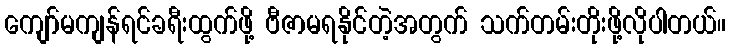
ကျော်မကျန်ရင်ခရီးထွက်ဖို့ ဗီဇာမရနိုင်တဲ့အတွက် သက်တမ်းတိုးဖို့လိုပါတယ်။